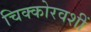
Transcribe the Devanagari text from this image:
चिक्कोरवशीं